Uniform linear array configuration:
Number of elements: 24
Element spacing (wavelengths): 1
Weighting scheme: exponential
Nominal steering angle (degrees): -60
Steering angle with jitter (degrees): -60.583
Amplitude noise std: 0.05
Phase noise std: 0.05

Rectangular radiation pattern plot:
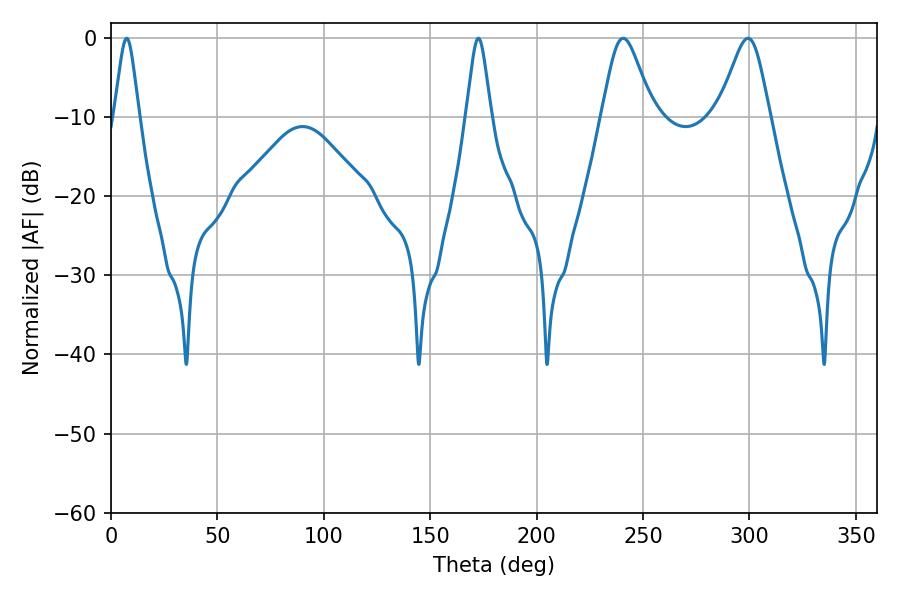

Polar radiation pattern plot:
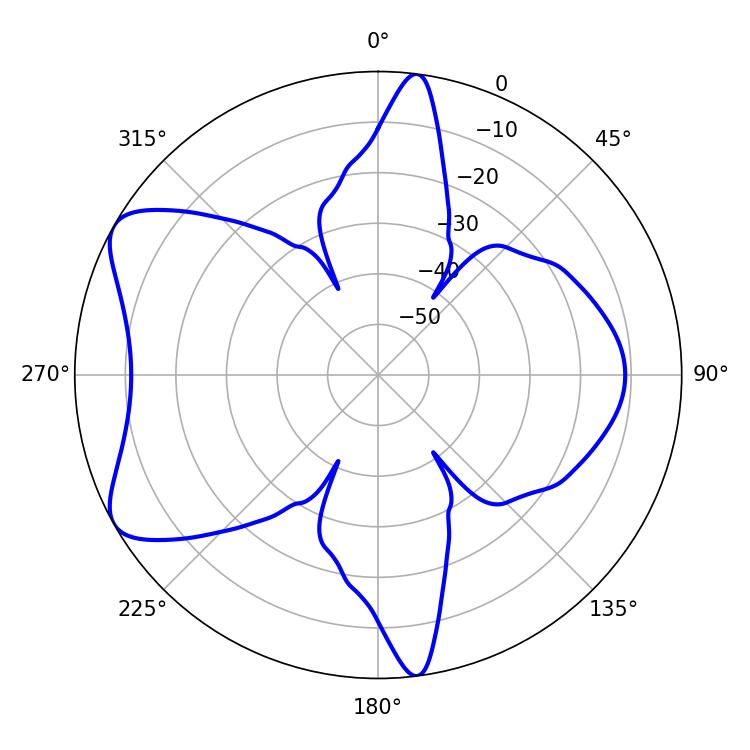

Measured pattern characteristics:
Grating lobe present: TRUE
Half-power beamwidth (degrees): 11.7
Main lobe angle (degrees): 240.66